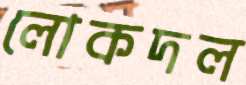
লোকদল